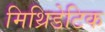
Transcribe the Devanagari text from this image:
मिथ्रिडेटिक